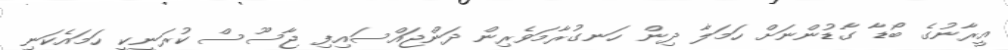
އީރާނުގެ ބޯޑާ ގާޑުންނަށް ހަމަލާ ދިން ހަނގުރާމަވެރިން ދަންޖައްސައިފި ޖާސޫސް ކުރަނީކީ ހަމައެކަނި